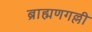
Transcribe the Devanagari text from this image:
ब्राह्मणगल्ली